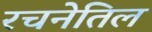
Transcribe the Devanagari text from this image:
रचनेतिल